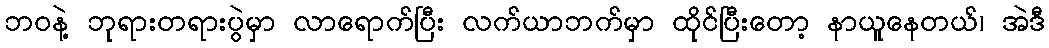
ဘဝနဲ့ ဘုရားတရားပွဲမှာ လာရောက်ပြီး လက်ယာဘက်မှာ ထိုင်ပြီးတော့ နာယူနေတယ်၊ အဲဒီ